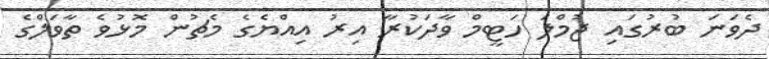
ދެވަނަ ބުރުގައި ޖުމްލަ ހަޓީމް ވާދަކުރާ އިރު އިއްޔެގެ މެޗުން މޮޅުވެ ތާވަލްގެ